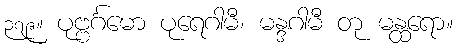
၃၇၉။ ပုဗ္ဗင်္ဂမော ပုရေဂါမီ၊ မန္ဒဂါမီ တု မန္ထရော။